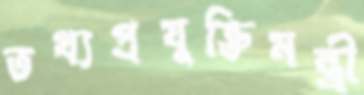
তথ্যপ্রযুক্তিমন্ত্রী